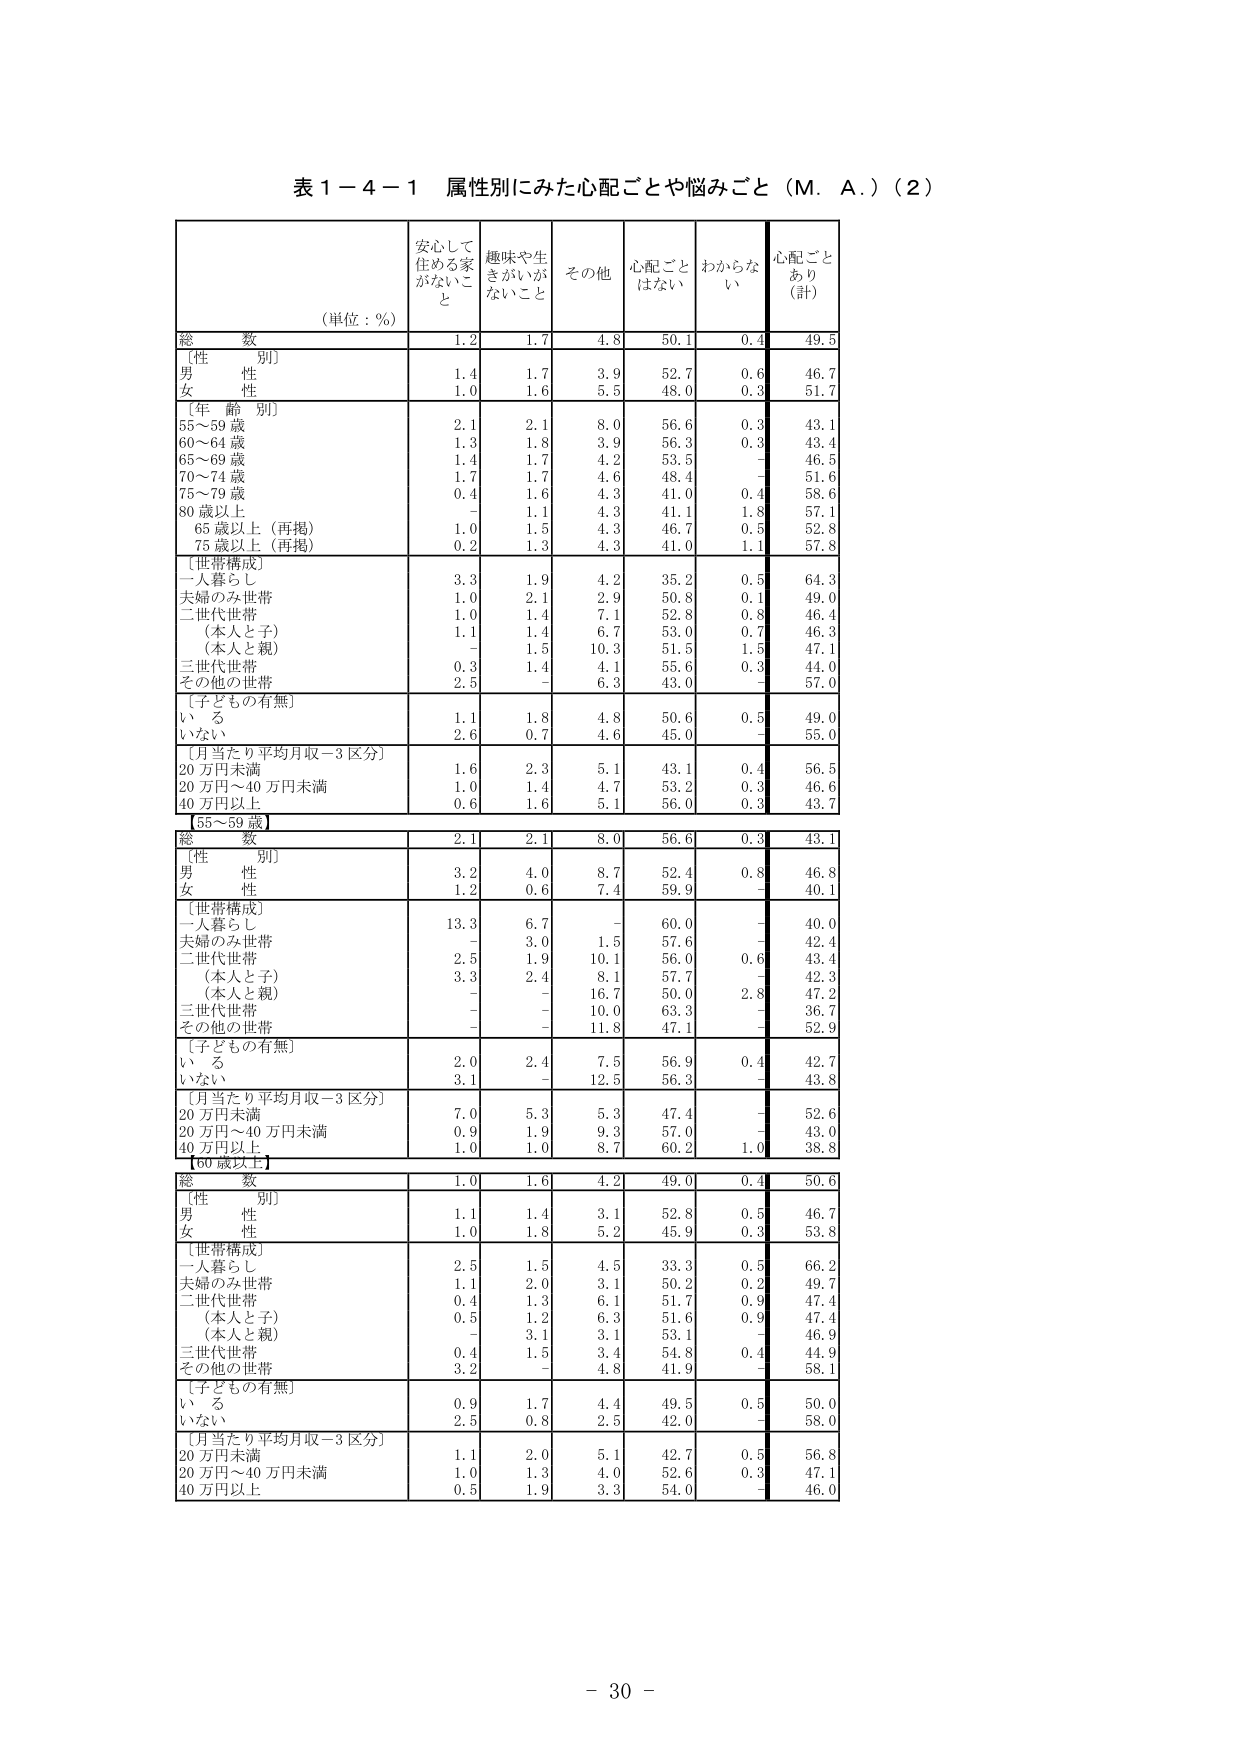
表１－４－１ 属性別にみた心配ごとや悩みごと（M．A．）（2）

（単位：％）

安心して
住める家
がないこと
趣味や生
きがいが
ないこと
その他
心配ごと
はない
わからない
心配ごと
あり
（計）

総 数
1.2
1.7
4.8
50.1
0.4
49.5

［性 別］
男 性
1.4
1.7
3.9
52.7
0.6
46.7
女 性
1.0
1.6
5.5
48.0
0.3
51.7

［年 齢 別］
55～59 歳
2.1
2.1
8.0
56.6
0.3
43.1
60～64 歳
1.3
1.8
3.9
56.3
0.3
43.4
65～69 歳
1.4
1.7
4.2
53.5
－
46.5
70～74 歳
1.7
1.7
4.6
48.4
－
51.6
75～79 歳
0.4
1.6
4.3
41.0
0.4
58.6
80 歳以上
－
1.1
4.3
41.1
1.8
57.1
65 歳以上（再掲）
1.0
1.5
4.3
46.7
0.5
52.8
75 歳以上（再掲）
0.2
1.3
4.3
41.0
1.1
57.8

［世帯構成］
一人暮らし
3.3
1.9
4.2
35.2
0.5
64.3
夫婦のみ世帯
1.0
2.1
2.9
50.8
0.1
49.0
二世代世帯
1.0
1.4
7.1
52.8
0.8
46.4
（本人と子）
1.1
1.4
6.7
53.0
0.7
46.3
（本人と親）
－
1.5
10.3
51.5
1.5
47.1
三世代世帯
0.3
1.4
4.1
55.6
0.3
44.0
その他の世帯
2.5
－
6.3
43.0
－
57.0

［子どもの有無］
い る
1.1
1.8
4.8
50.6
0.5
49.0
い な い
2.6
0.7
4.6
45.0
－
55.0

［月当たり平均月収－3 区分］
20 万円未満
1.6
2.3
5.1
43.1
0.4
56.5
20 万円～40 万円未満
1.0
1.4
4.7
53.2
0.3
46.6
40 万円以上
0.6
1.6
5.1
56.0
0.3
43.7

【55～59 歳】

総 数
2.1
2.1
8.0
56.6
0.3
43.1

［性 別］
男 性
3.2
4.0
8.7
52.4
0.8
46.8
女 性
1.2
0.6
7.4
59.9
－
40.1

［世帯構成］
一人暮らし
13.3
6.7
－
60.0
－
40.0
夫婦のみ世帯
－
3.0
1.5
57.6
－
42.4
二世代世帯
2.5
1.9
10.1
56.0
0.6
43.4
（本人と子）
3.3
2.4
8.1
57.7
－
42.3
（本人と親）
－
－
16.7
50.0
2.8
47.2
三世代世帯
－
－
10.0
63.3
－
36.7
その他の世帯
－
－
11.8
47.1
－
52.9

［子どもの有無］
い る
2.0
2.4
7.5
56.9
0.4
42.7
い な い
3.1
－
12.5
56.3
－
43.8

［月当たり平均月収－3 区分］
20 万円未満
7.0
5.3
5.3
47.4
－
52.6
20 万円～40 万円未満
0.9
1.9
9.3
57.0
－
43.0
40 万円以上
1.0
1.0
8.7
60.2
1.0
38.8

【60 歳以上】

総 数
1.0
1.6
4.2
49.0
0.4
50.6

［性 別］
男 性
1.1
1.4
3.1
52.8
0.5
46.7
女 性
1.0
1.8
5.2
45.9
0.3
53.8

［世帯構成］
一人暮らし
2.5
1.5
4.5
33.3
0.5
66.2
夫婦のみ世帯
1.1
2.0
3.1
50.2
0.2
49.7
二世代世帯
0.4
1.3
6.1
51.7
0.9
47.4
（本人と子）
0.5
1.2
6.3
51.6
0.9
47.4
（本人と親）
－
3.1
3.1
53.1
－
46.9
三世代世帯
0.4
1.5
3.4
54.8
0.4
44.9
その他の世帯
3.2
－
4.8
41.9
－
58.1

［子どもの有無］
い る
0.9
1.7
4.4
49.5
0.5
50.0
い な い
2.5
0.8
2.5
42.0
－
58.0

［月当たり平均月収－3 区分］
20 万円未満
1.1
2.0
5.1
42.7
0.5
56.8
20 万円～40 万円未満
1.0
1.3
4.0
52.6
0.3
47.1
40 万円以上
0.5
1.9
3.3
54.0
－
46.0

－ 30 －